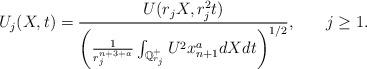
LaTeX: \begin{align*}U_j(X,t) = \frac{U(r_jX, r_j^2 t)}{ \bigg(\frac{1}{r_j^{n+3+a}}\int_{\mathbb Q_{r_j}^+} U^2 x_{n+1}^a dX dt\bigg)^{1/2}},\,\,\,\ \ \ \ j\geq 1. \end{align*}